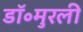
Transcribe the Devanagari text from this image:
डॉ॰मुरली